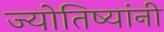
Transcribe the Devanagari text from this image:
ज्योतिष्यांनी